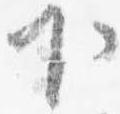
下